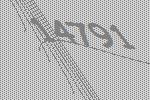
14791